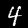
Digit: 4